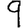
Digit: 9